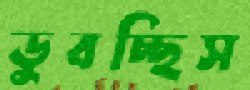
ডুবচ্ছিস